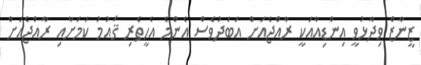
ޒީނާޒް ވިދާޅުވީ އިންޑިއާއަކީ ރާއްޖެއަށް އަބަދުވެސް އެންމެ އެހީތެރި ޤައުމު ކަމަށާއި ރާއްޖެއަށް